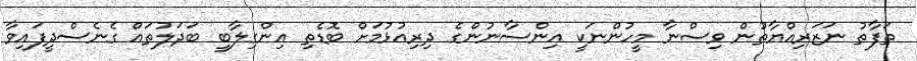
ތަފާތު ނަޒަރިއްޔާތުން ވިސްނާ މީހުންނަކީ އިންސާނުންގެ ދިރިއުޅުމަށް ބޮޑެތި އިންގިލާބީ ބަދަލުތައް ގެނެސްދީފައިވާ